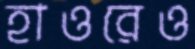
হাওরেও